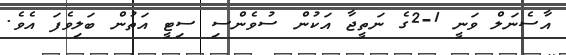
އާސެނަލް ވަނީ 1-2ގެ ނަތީޖާ އަކުން ސުވެންސި ސިޓީ އަތުން ބަލިވެފަ އެވެ.